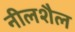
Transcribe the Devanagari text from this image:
नीलशैल